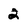
Character: 2